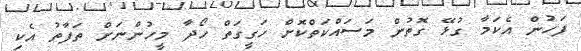
ފަހުން އެކަމާ ގުޅޭ ގޮތުން މަސައްކަތްކޮށް ހަގީގަތް ހޯދާ މީހުންނަށް ތަފާތު އެކި